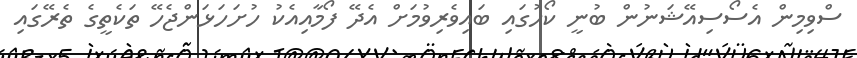
ސްވިމިން އެސޯސިއޭޝަނުން ބުނީ ކޯހުގައި ބައިވެރިވުމަށް އެދޭ ފޯމާއިއެކު ހުށަހަޅަންޖެހޭ ތަކެތީގެ ތެރޭގައި